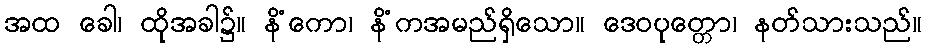
အထ ခေါ၊ ထိုအခါ၌။ နိံကော၊ နိံကအမည်ရှိသော။ ဒေဝပုတ္တော၊ နတ်သားသည်။